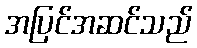
အပြင်အဆင်သည်